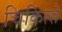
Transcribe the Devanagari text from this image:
चिकित्से